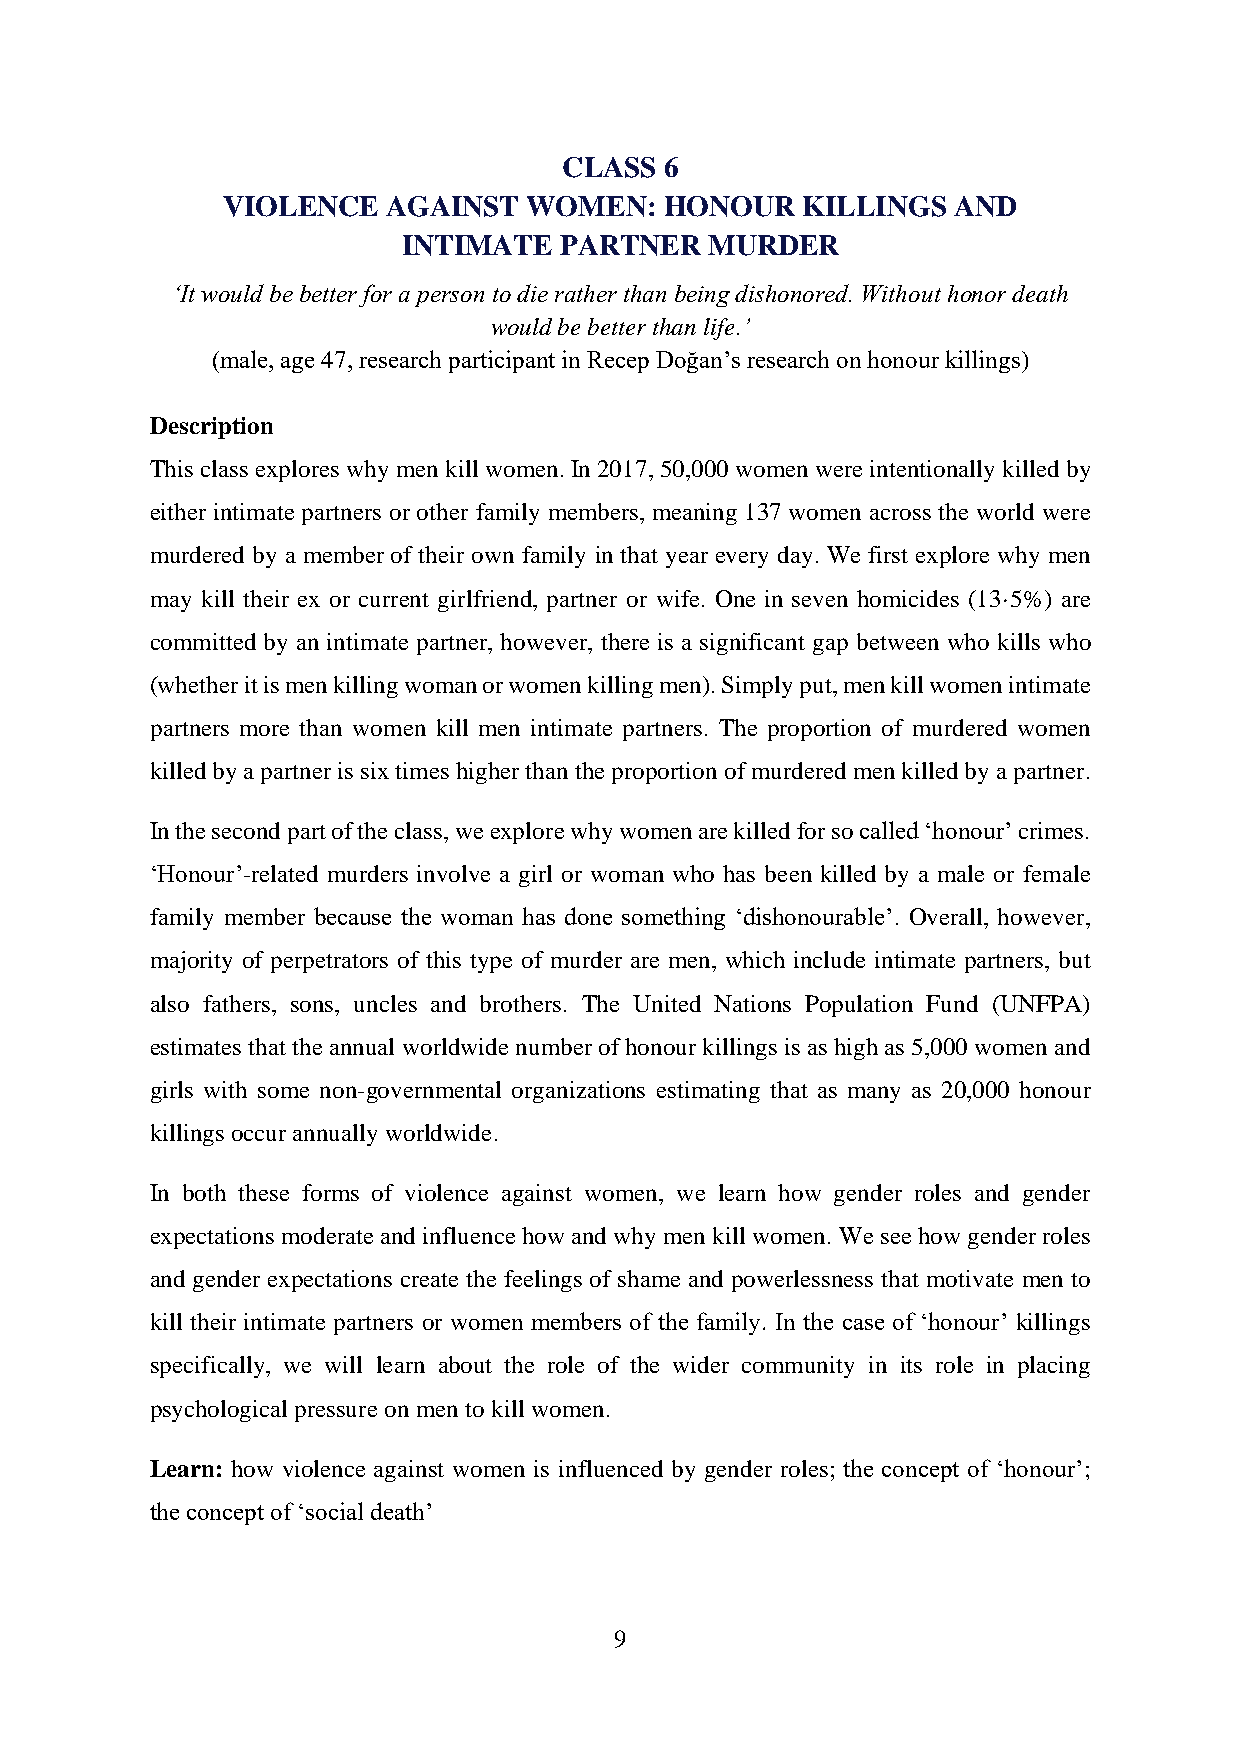
CLASS  6
 VIOLENCE   AGAINST  WOMEN:   HONOUR   KILLINGS  AND
 INTIMATE  PARTNER   MURDER
 ‘It would be better for a person to die rather than being dishonored. Without honor death
 would be better than life.’
 (male, age 47, research participant in Recep Doğan’s research on honour killings)
 Description
 This class explores why men kill women. In 2017, 50,000 women were intentionally killed by
 either intimate partners or other family members, meaning 137 women across the world were
 murdered by a member of their own family in that year every day. We first explore why men
 may kill their ex or current girlfriend, partner or wife. One in seven homicides (13·5%) are
 committed by an intimate partner, however, there is a significant gap between who kills who
 (whether it is men killing woman or women killing men). Simply put, men kill women intimate
 partners more than women kill men intimate partners. The proportion of murdered women
 killed by a partner is six times higher than the proportion of murdered men killed by a partner.
 In the second part of the class, we explore why women are killed for so called ‘honour’ crimes.
 ‘Honour’-related murders involve a girl or woman who has been killed by a male or female
 family member because the woman has done something ‘dishonourable’. Overall, however,
 majority of perpetrators of this type of murder are men, which include intimate partners, but
 also fathers, sons, uncles and brothers. The United Nations Population Fund (UNFPA)
 estimates that the annual worldwide number of honour killings is as high as 5,000 women and
 girls with some non-governmental organizations estimating that as many as 20,000 honour
 killings occur annually worldwide.
 In both these forms of violence against women, we learn how gender roles and gender
 expectations moderate and influence how and why men kill women. We see how gender roles
 and gender expectations create the feelings of shame and powerlessness that motivate men to
 kill their intimate partners or women members of the family. In the case of ‘honour’ killings
 specifically, we will learn about the role of the wider community in its role in placing
 psychological pressure on men to kill women.
 Learn: how violence against women is influenced by gender roles; the concept of ‘honour’;
 the concept of ‘social death’
 9